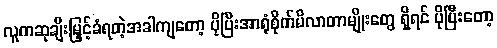
လူကဆုချီးမြှင့်ခံရတဲ့အခါကျတော့ ပိုပြီးအာရုံစိုက်မိလာတာမျိုးတွေ ရှိရင် ပိုပြီးတော့